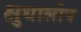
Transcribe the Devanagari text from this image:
क्षुधालोप